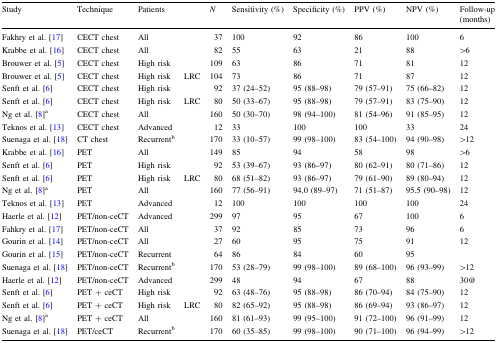
<table><thead><tr><td><b>Study</b></td><td><b>Technique</b></td><td><b>Patients</b></td><td></td><td><b><i>N</i></b></td><td><b>Sensitivity (%)</b></td><td><b>Specificity (%)</b></td><td><b>PPV (%)</b></td><td><b>NPV (%)</b></td><td><b>Follow-up (months)</b></td></tr></thead><tbody><tr><td>Fakhry et al. [17]</td><td>CECT chest</td><td>All</td><td></td><td>37</td><td>100</td><td>92</td><td>86</td><td>100</td><td>6</td></tr><tr><td>Krabbe et al. [16]</td><td>CECT chest</td><td>All</td><td></td><td>82</td><td>55</td><td>63</td><td>21</td><td>88</td><td>&gt;6</td></tr><tr><td>Brouwer et al. [5]</td><td>CECT chest</td><td>High risk</td><td></td><td>109</td><td>63</td><td>86</td><td>71</td><td>81</td><td>12</td></tr><tr><td>Brouwer et al. [5]</td><td>CECT chest</td><td>High risk</td><td>LRC</td><td>104</td><td>73</td><td>86</td><td>71</td><td>87</td><td>12</td></tr><tr><td>Senft et al. [6]</td><td>CECT chest</td><td>High risk</td><td></td><td>92</td><td>37 (24–52)</td><td>95 (88–98)</td><td>79 (57–91)</td><td>75 (66–82)</td><td>12</td></tr><tr><td>Senft et al. [6]</td><td>CECT chest</td><td>High risk</td><td>LRC</td><td>80</td><td>50 (33–67)</td><td>95 (88–98)</td><td>79 (57–91)</td><td>83 (75–90)</td><td>12</td></tr><tr><td>Ng et al. [8]<sup>a</sup></td><td>CECT chest</td><td>All</td><td></td><td>160</td><td>50 (30–70)</td><td>98 (94–100)</td><td>81 (54–96)</td><td>91 (85–95)</td><td>12</td></tr><tr><td>Teknos et al. [13]</td><td>CECT chest</td><td>Advanced</td><td></td><td>12</td><td>33</td><td>100</td><td>100</td><td>33</td><td>24</td></tr><tr><td>Suenaga et al. [18]</td><td>CT chest</td><td>Recurrent<sup>b</sup></td><td></td><td>170</td><td>33 (10–57)</td><td>99 (98–100)</td><td>83 (54–100)</td><td>94 (90–98)</td><td>&gt;12</td></tr><tr><td>Krabbe et al. [16]</td><td>PET</td><td>All</td><td></td><td>149</td><td>85</td><td>94</td><td>58</td><td>98</td><td>&gt;6</td></tr><tr><td>Senft et al. [6]</td><td>PET</td><td>High risk</td><td></td><td>92</td><td>53 (39–67)</td><td>93 (86–97)</td><td>80 (62–91)</td><td>80 (71–86)</td><td>12</td></tr><tr><td>Senft et al. [6]</td><td>PET</td><td>High risk</td><td>LRC</td><td>80</td><td>68 (51–82)</td><td>93 (86–97)</td><td>79 (61–90)</td><td>89 (80–94)</td><td>12</td></tr><tr><td>Ng et al. [8]<sup>a</sup></td><td>PET</td><td>All</td><td></td><td>160</td><td>77 (56–91)</td><td>94.0 (89–97)</td><td>71 (51–87)</td><td>95.5 (90–98)</td><td>12</td></tr><tr><td>Teknos et al. [13]</td><td>PET</td><td>Advanced</td><td></td><td>12</td><td>100</td><td>100</td><td>100</td><td>100</td><td>24</td></tr><tr><td>Haerle et al. [12]</td><td>PET/non-ceCT</td><td>Advanced</td><td></td><td>299</td><td>97</td><td>95</td><td>67</td><td>100</td><td>6</td></tr><tr><td>Fahkry et al. [17]</td><td>PET/non-ceCT</td><td>All</td><td></td><td>37</td><td>92</td><td>85</td><td>73</td><td>96</td><td>6</td></tr><tr><td>Gourin et al. [14]</td><td>PET/non-ceCT</td><td>All</td><td></td><td>27</td><td>60</td><td>95</td><td>75</td><td>91</td><td>12</td></tr><tr><td>Gourin et al. [15]</td><td>PET/non-ceCT</td><td>Recurrent</td><td></td><td>64</td><td>86</td><td>84</td><td>60</td><td>95</td><td></td></tr><tr><td>Suenaga et al. [18]</td><td>PET/non-ceCT</td><td>Recurrent<sup>b</sup></td><td></td><td>170</td><td>53 (28–79)</td><td>99 (98–100)</td><td>89 (68–100)</td><td>96 (93–99)</td><td>&gt;12</td></tr><tr><td>Haerle et al. [12]</td><td>PET/non-ceCT</td><td>Advanced</td><td></td><td>299</td><td>48</td><td>94</td><td>67</td><td>88</td><td>30@</td></tr><tr><td>Senft et al. [6]</td><td>PET + ceCT</td><td>High risk</td><td></td><td>92</td><td>63 (48–76)</td><td>95 (88–98)</td><td>86 (70–94)</td><td>84 (75–90)</td><td>12</td></tr><tr><td>Senft et al. [6]</td><td>PET + ceCT</td><td>High risk</td><td>LRC</td><td>80</td><td>82 (65–92)</td><td>95 (88–98)</td><td>86 (69–94)</td><td>93 (86–97)</td><td>12</td></tr><tr><td>Ng et al. [8]<sup>a</sup></td><td>PET + ceCT</td><td>All</td><td></td><td>160</td><td>81 (61–93)</td><td>99 (95–100)</td><td>91 (72–100)</td><td>96 (91–99)</td><td>12</td></tr><tr><td>Suenaga et al. [18]</td><td>PET/ceCT</td><td>Recurrent<sup>b</sup></td><td></td><td>170</td><td>60 (35–85)</td><td>99 (98–100)</td><td>90 (71–100)</td><td>96 (94–99)</td><td>&gt;12</td></tr></tbody></table>